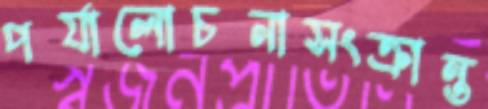
পর্যালোচনাসংক্রান্ত